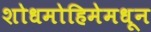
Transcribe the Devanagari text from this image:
शोधमोहिमेमधून